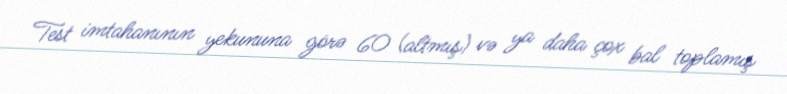
Test imtahanının yekununa görə 60 (altmış) və ya daha çox bal toplamış